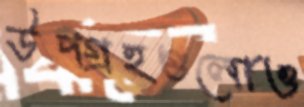
উপগ্রহগুলোও